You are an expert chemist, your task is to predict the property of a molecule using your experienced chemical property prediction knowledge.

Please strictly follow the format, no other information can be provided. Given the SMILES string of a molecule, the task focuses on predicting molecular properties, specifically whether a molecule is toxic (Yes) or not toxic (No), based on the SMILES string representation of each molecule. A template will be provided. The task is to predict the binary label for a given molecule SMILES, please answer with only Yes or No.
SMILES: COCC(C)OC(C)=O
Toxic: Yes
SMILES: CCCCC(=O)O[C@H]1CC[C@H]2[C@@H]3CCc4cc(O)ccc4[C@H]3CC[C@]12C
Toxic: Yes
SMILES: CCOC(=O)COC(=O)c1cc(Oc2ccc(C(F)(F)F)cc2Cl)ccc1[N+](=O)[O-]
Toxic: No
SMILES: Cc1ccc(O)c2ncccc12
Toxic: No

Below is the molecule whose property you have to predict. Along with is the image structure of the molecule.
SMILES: NC1=NC(=O)N2CC12
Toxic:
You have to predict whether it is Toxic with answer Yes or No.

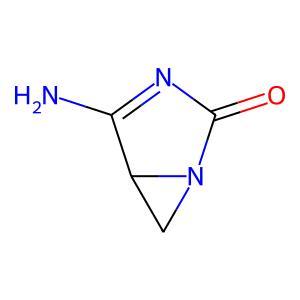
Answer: No